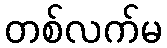
တစ်လက်မ